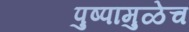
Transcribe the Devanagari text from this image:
पुष्पामुळेच